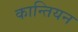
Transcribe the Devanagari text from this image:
कान्तियन